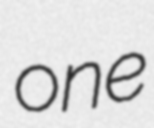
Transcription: one